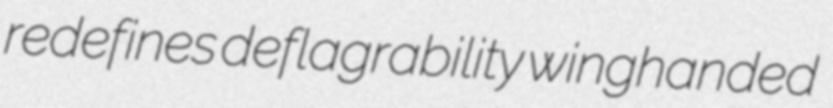
redefines deflagrability winghanded